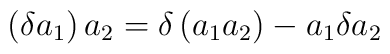
\left( \delta a_1 \right) a_2 = \delta \left( a_1 a_2 \right)- a_1 \delta a_2